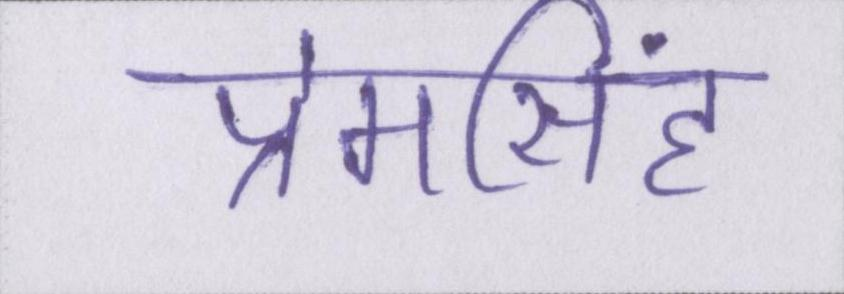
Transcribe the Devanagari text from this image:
प्रेमसिंह